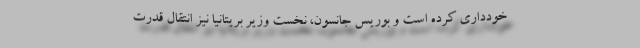
خودداری کرده است و بوریس جانسون، نخست وزیر بریتانیا نیز انتقال قدرت